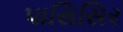
પાસિસિર